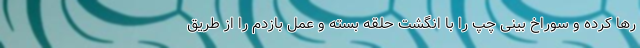
رها کرده و سوراخ بینی چپ را با انگشت حلقه بسته و عمل بازدم را از طریق